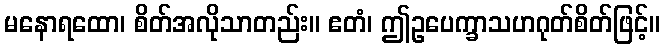
မနောရထော၊ စိတ်အလိုသာတည်း။ ဧတံ၊ ဤဥပေက္ခာသဟဂုတ်စိတ်ဖြင့်။